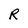
Character: R